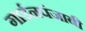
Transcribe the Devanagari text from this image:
गार्डनपंजाबी